Document type: payment_order
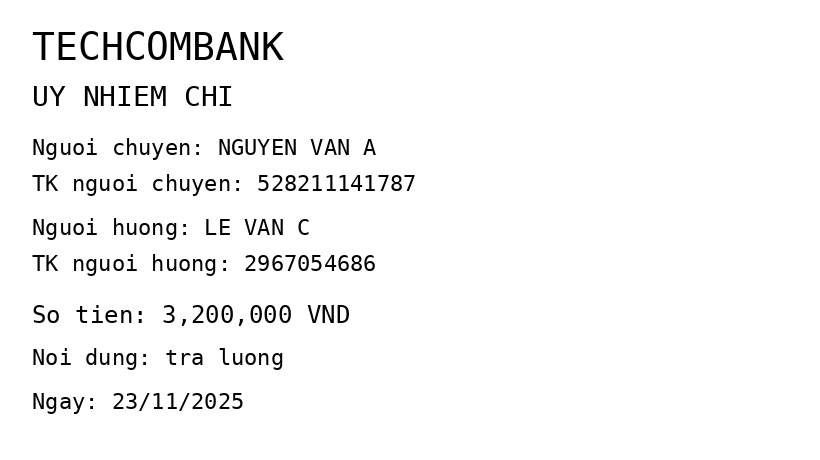
OCR transcript:
TECHCOMBANK
UY NHIEM CHI
Nguoi chuyen: NGUYEN VAN A
TK nguoi chuyen: 528211141787
Nguoi huong: LE VAN C
TK nguoi huong: 2967054686
So tien: 3,200,000 VND
Noi dung: tra luong
Ngay: 23/11/2025
Extracted fields:
bank_name: techcombank
sender_name: nguyen van a
sender_account: 528211141787
beneficiary_name: le van c
beneficiary_account: 2967054686
amount: 3200000
content: tra luong
date: 2025-11-23